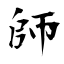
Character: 師